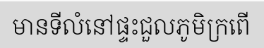
មានទីលំនៅផ្ទះជួលភូមិក្រពើ